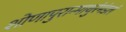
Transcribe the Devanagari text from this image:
शोणापुरान्माथुरंमंडलं